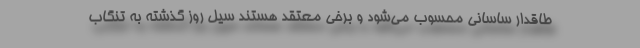
طاقدار ساسانی محسوب می‌شود و برخی معتقد هستند سیل روز گذشته به تنگاب